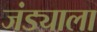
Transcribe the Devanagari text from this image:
जंड्याला